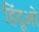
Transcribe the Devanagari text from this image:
हिंदूओ